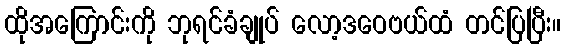
ထိုအကြောင်းကို ဘုရင်ခံချုပ် လော့ဒဝေဗယ်ထံ တင်ပြပြီး။